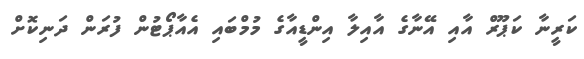
ކަރީނާ ކަޕޫރް އާއި އޭނާގެ އާއިލާ އިންޑީއާގެ މުމްބައި އެއާޕޯޓުން ފުރަން ދަނިކޮށް